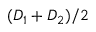
( D _ { 1 } + D _ { 2 } ) / 2